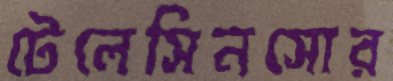
টেলেসিনসোর